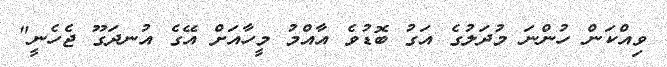
ވިއްކަން ހުންނަ މުދަލުގެ އަގު ބޮޑުވެ އާއްމު މީހާއަށް އޭގެ އުނދަގޫ ޖެހެނީ"